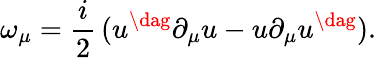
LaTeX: \omega_{\mu}=\frac{i}{2}\, (u^{\dag}\partial_{\mu}u-u\partial_{\mu}u^{\dag}).